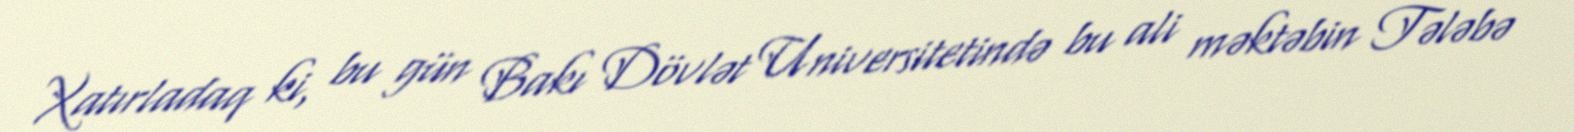
Xatırladaq ki, bu gün Bakı Dövlət Universitetində bu ali məktəbin Tələbə